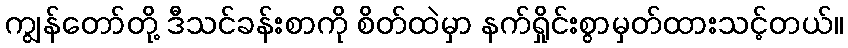
ကျွန်တော်တို့ ဒီသင်ခန်းစာကို စိတ်ထဲမှာ နက်ရှိုင်းစွာမှတ်ထားသင့်တယ်။